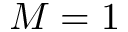
M = 1